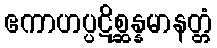
ဧကာဟပ္ပဋိစ္ဆန္နမာနတ္တံ